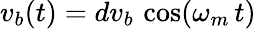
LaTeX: v_{b}(t)=dv_{b}\, \cos(\omega_{m}\, t)